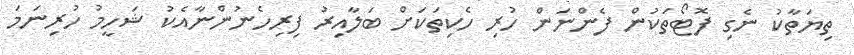
ތިޔަތާކު ނެގި ފޮޓޯތަކުން ފެންނަން ހުރި ހެކިތަކަށް ބަލާއިރު ފިރިހެނުންނާއެކު ޝަހީމު ހުރިނަމަ